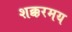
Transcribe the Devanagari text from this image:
शक्करमय